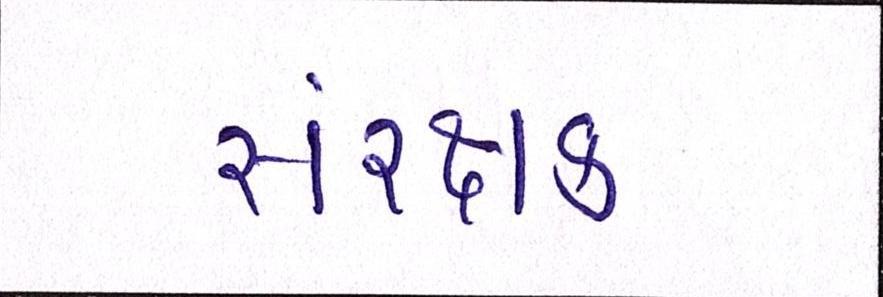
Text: સંરક્ષક